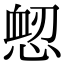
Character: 𢜷